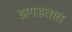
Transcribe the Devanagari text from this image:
झगडतात